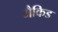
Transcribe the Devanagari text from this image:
मैकिड